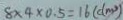
8 \times 4 \times 0 . 5 = 1 6 ( d m ^ { 3 } )